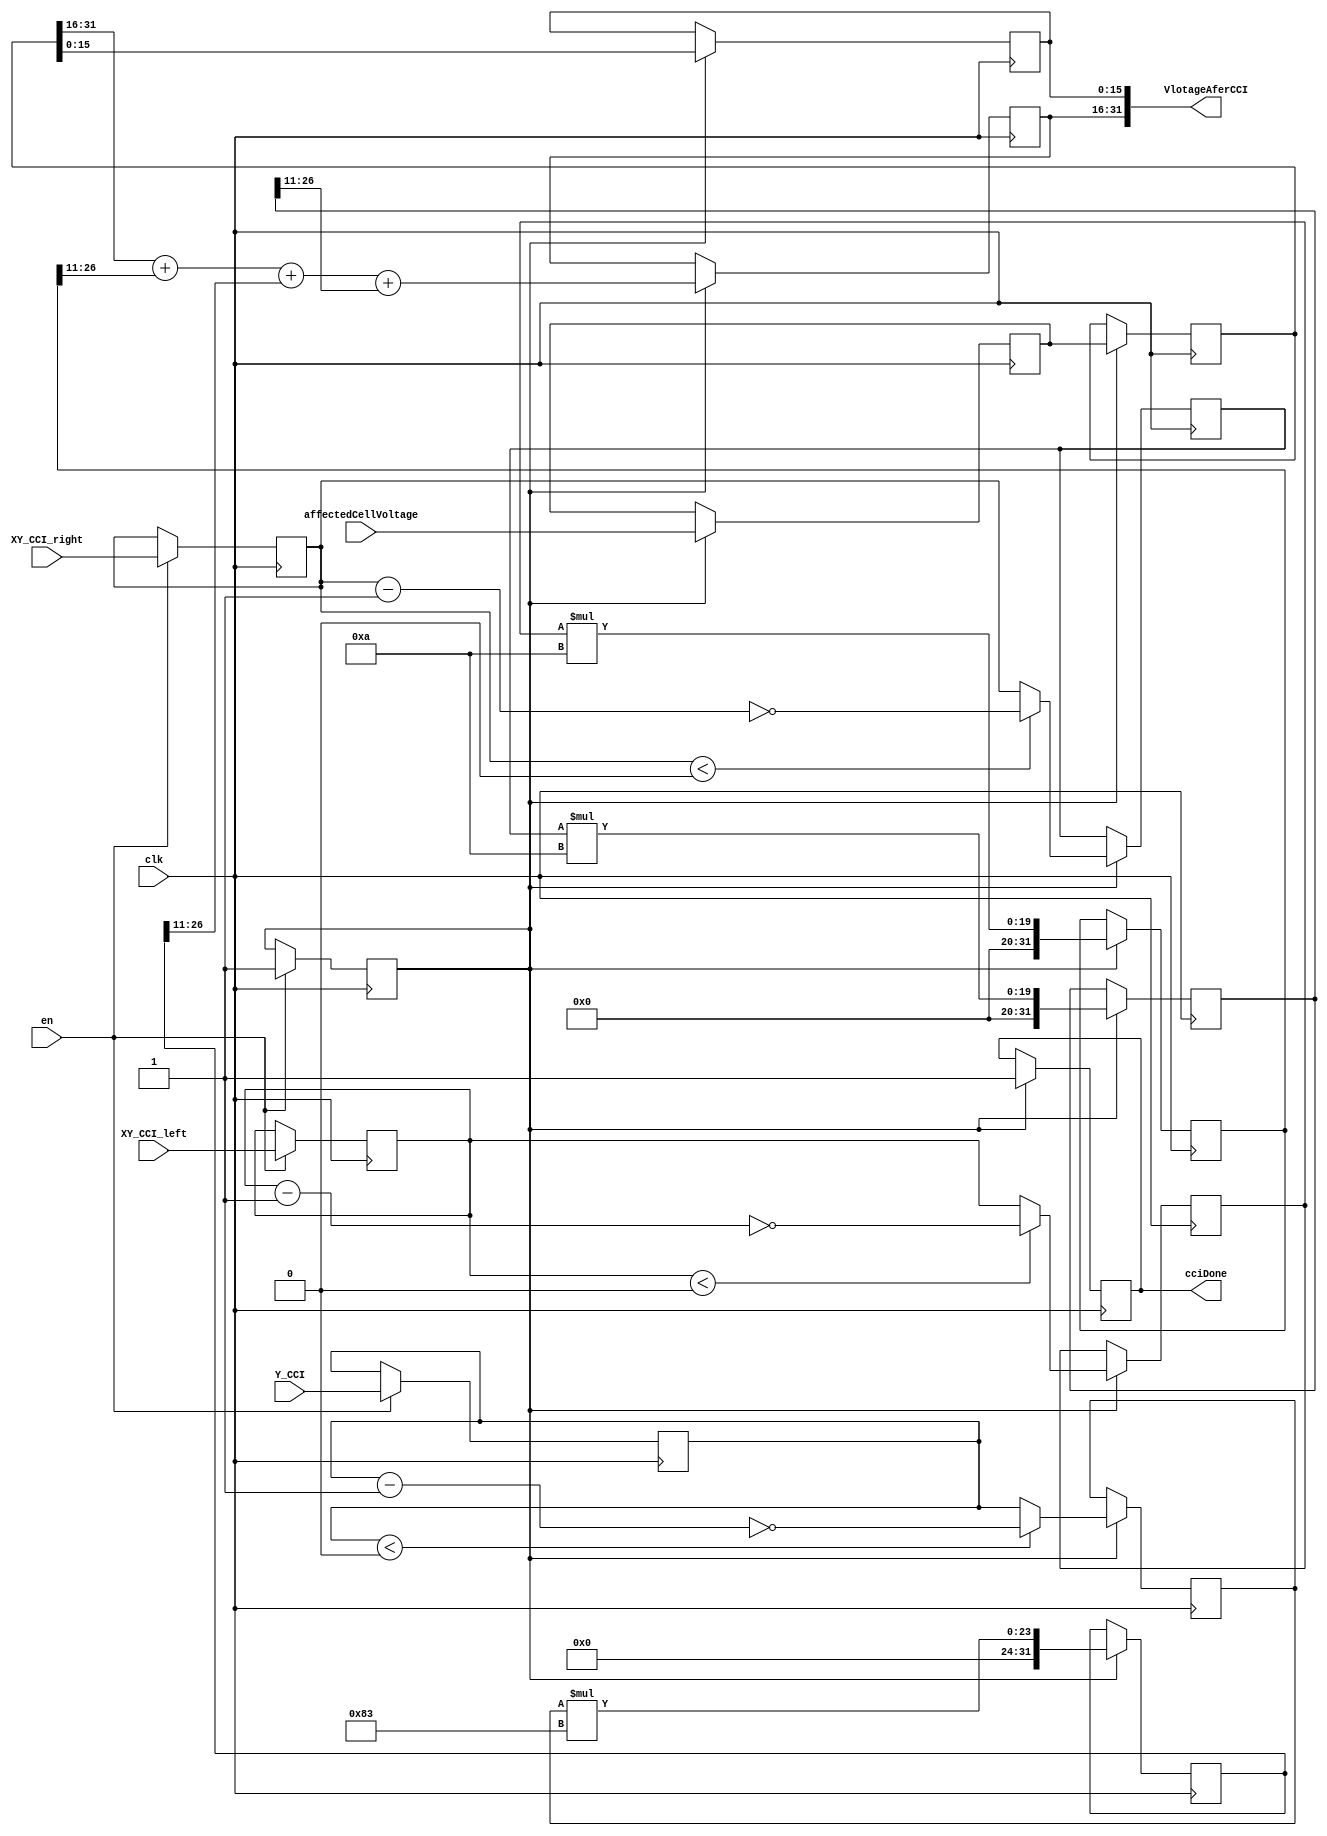
module CCI_distortionUnit(
    input 				clk,
    input 				en,
    input 	[31:0]	affectedCellVoltage,
	 
    input 	[15:0]	XY_CCI_left,
    input 	[15:0]	Y_CCI,
    input 	[15:0]	XY_CCI_right,
	 
    output 	[31:0]	VlotageAferCCI,
	 output  			cciDone
    );
	 
	 
	 parameter sigmaY = 15'd131	;			// 0.064  * (2^11) = 131.072
	 parameter sigmaXY = 15'd10	;			//	0.0048 * (2^11) = 9.8304
	 
	 reg									startCCI=0;
	 reg		signed		[15:0]	absDeltaValueXY1,absDeltaValueXY1_tmp;
	 reg		signed		[15:0]	absDeltaValueY,absDeltaValueY_tmp;
	 reg		signed		[15:0]	absDeltaValueXY2,absDeltaValueXY2_tmp;
	 reg						[31:0]	V_tmp1,V_tmp2,V_tmp3;

	 reg						[31:0]	CellVoltageD1,CellVoltageD2,CellVoltageD3;
	 
	 reg						[15:0]   VlotageAferCCI_tmp,initVoltage_tmp;	
	 reg									cciDoneFlag;
		
	
	always @( posedge clk )
	begin
		if(en)
		begin
			startCCI 			<= 1'b1;
			absDeltaValueXY1 	<= XY_CCI_left;
			absDeltaValueY 	<= Y_CCI;
			absDeltaValueXY2	<=	XY_CCI_right;
		end

		if(startCCI==1'b1)
		begin
		//*********** delay 1****************//
			if( absDeltaValueXY1 < 0	)                       	//deal with negative DeltaValueXY1
				absDeltaValueXY1_tmp <= ~(absDeltaValueXY1 - 16'd1);   //complement transform
			else
				absDeltaValueXY1_tmp <= absDeltaValueXY1;
				
			if( absDeltaValueY <  0	)
				absDeltaValueY_tmp <= ~(absDeltaValueY - 16'd1);
			else
				absDeltaValueY_tmp <= absDeltaValueY;	
				
			if( absDeltaValueXY2 <  0	)
				absDeltaValueXY2_tmp <= ~(absDeltaValueXY2 - 16'd1)	;
			else
				absDeltaValueXY2_tmp <= absDeltaValueXY2;
				
			CellVoltageD1 <= affectedCellVoltage;
			
		//*********** delay 2****************//	
			V_tmp1 <= absDeltaValueXY1_tmp * sigmaXY;
			V_tmp2 <= absDeltaValueY_tmp   * sigmaY;
			V_tmp3 <= absDeltaValueXY2_tmp * sigmaXY;
			CellVoltageD2 <= CellVoltageD1;
			
		//*********** delay 3****************//	
			VlotageAferCCI_tmp <= CellVoltageD2[31:16] + V_tmp1[26:11] +V_tmp2[26:11] + V_tmp3[26:11];
			initVoltage_tmp <= CellVoltageD2[15:0];
			cciDoneFlag <= 1'b1;	//useless
		end			// end of if(startCCI==1'b1)
	end			// end always
	
	
	assign VlotageAferCCI = { {VlotageAferCCI_tmp},initVoltage_tmp};
	assign cciDone  		 =	cciDoneFlag;

endmodule